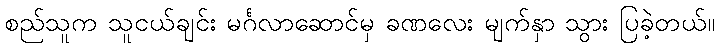
စည်သူက သူငယ်ချင်း မင်္ဂလာဆောင်မှ ခဏလေး မျက်နှာ သွား ပြခဲ့တယ်။